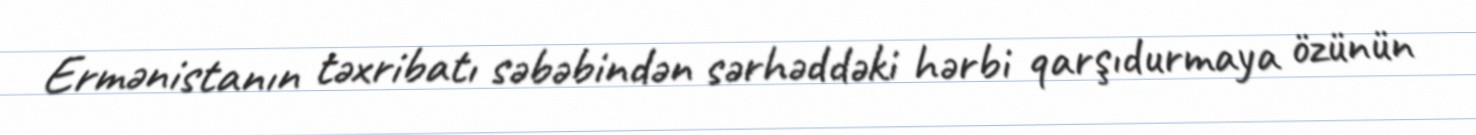
Ermənistanın təxribatı səbəbindən sərhəddəki hərbi qarşıdurmaya özünün